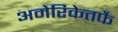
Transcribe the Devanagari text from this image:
अमेरिकेतर्फे